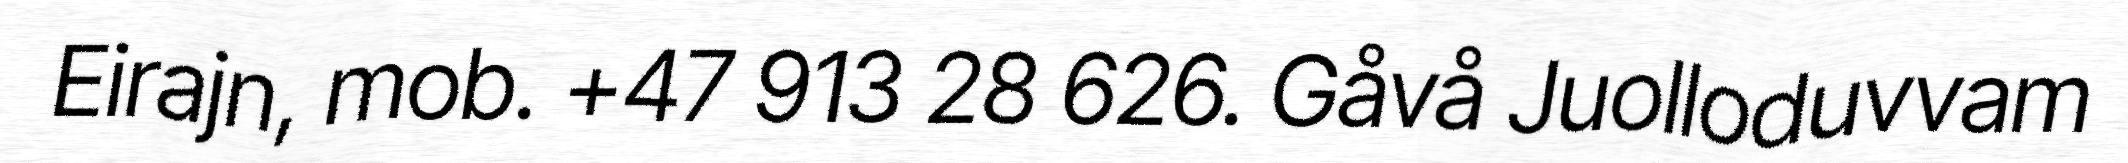
Eirajn, mob. +47 913 28 626. Gåvå Juolloduvvam